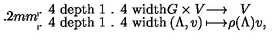
\renewcommand { \arraystretch } { 1 . 4 } \arraycolsep 0 . 2 m m \begin{array} { c c c l } { G \times V } & { \longrightarrow } & { V } & { } \\ { ( \Lambda , v ) } & { \longmapsto } & { \rho ( \Lambda ) v } & { , } \\ \end{array}